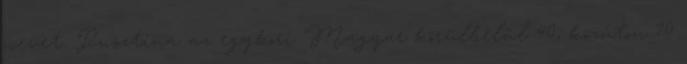
nevet. Pusztina az egykori Magyar körülbelül 40, közúton 70